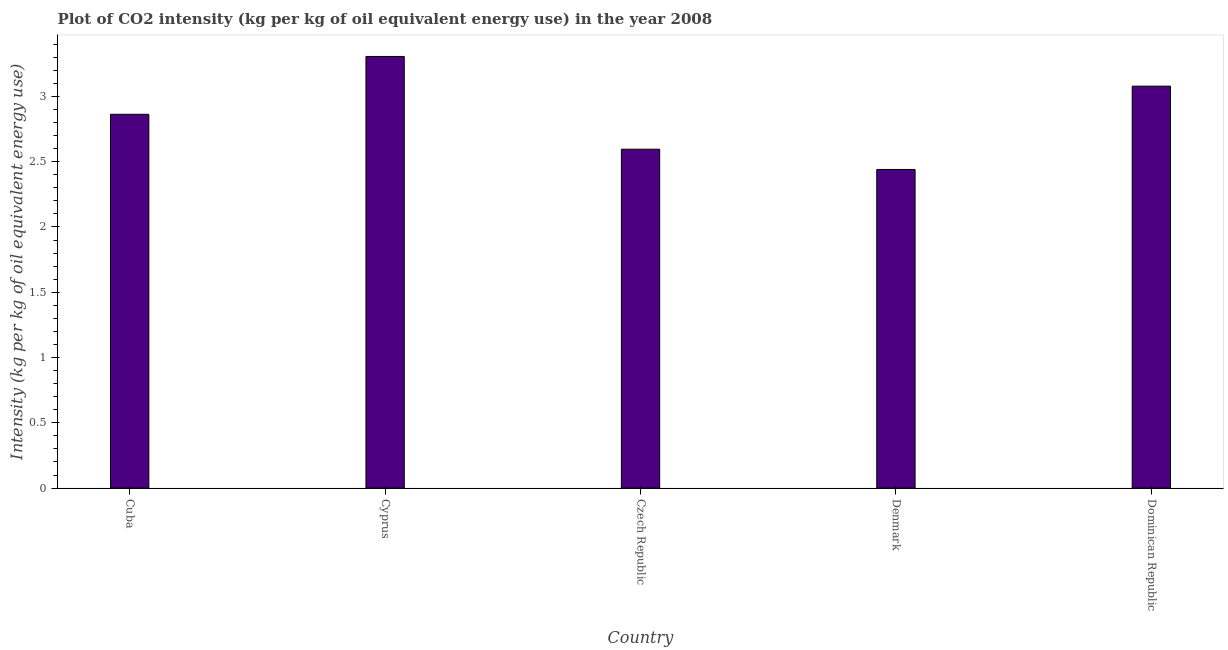
| Country | CO2 intensity |
 | --- | --- |
 | Cuba | 2.86 |
 | Cyprus | 3.31 |
 | Czech Republic | 2.6 |
 | Denmark | 2.44 |
 | Dominican Republic | 3.08 |